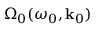
\Omega _ { 0 } ( \omega _ { 0 } , \mathbf { k } _ { 0 } )